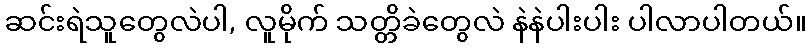
ဆင်းရဲသူတွေလဲပါ, လူမိုက် သတ္တိခဲတွေလဲ နဲနဲပါးပါး ပါလာပါတယ်။